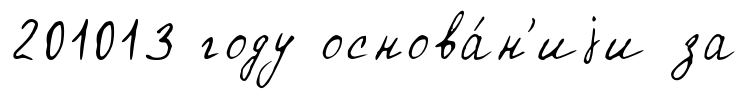
201013 году основа́н'иjи за